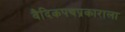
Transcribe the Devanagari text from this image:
वैदिकपद्यप्रकाराला